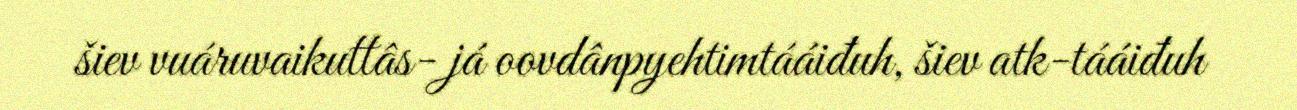
šiev vuáruvaikuttâs- já oovdânpyehtimtááiđuh, šiev atk-tááiđuh